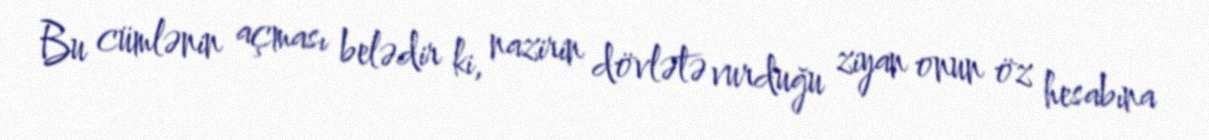
Bu cümlənin açması belədir ki, nazirin dövlətə vurduğu ziyan onun öz hesabına